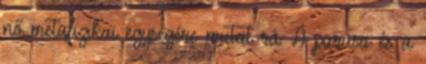
nő metafizikai egységére mutat rá. A purusa és a